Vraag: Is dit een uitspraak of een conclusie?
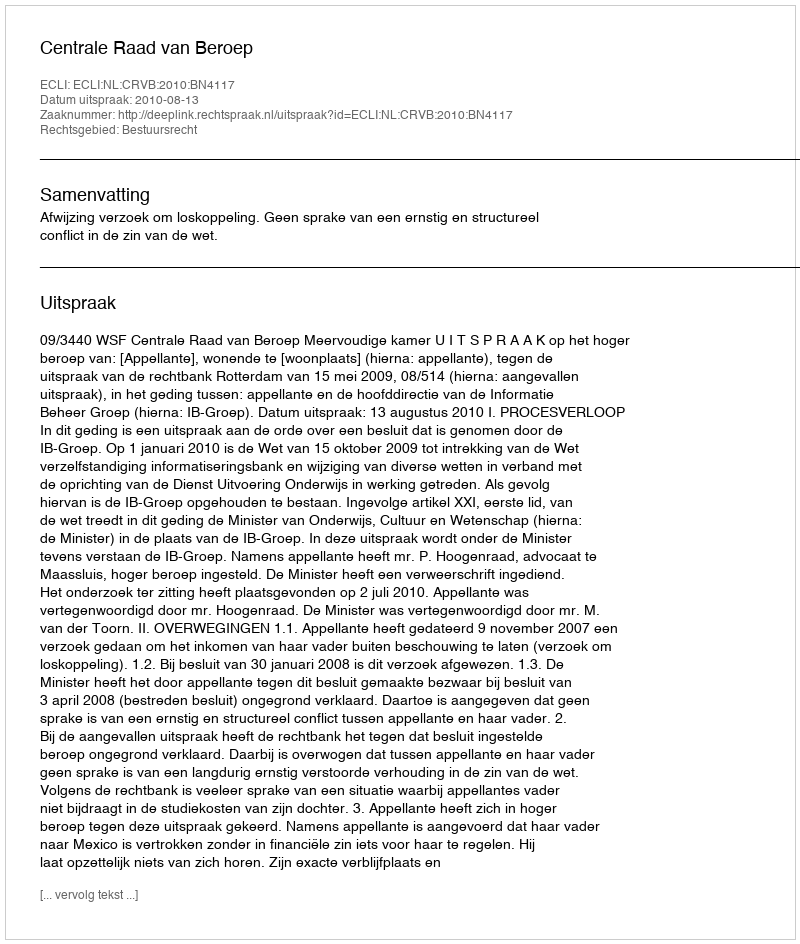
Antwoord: Uitspraak